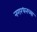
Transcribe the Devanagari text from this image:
नगरधनच्या